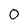
Character: 0